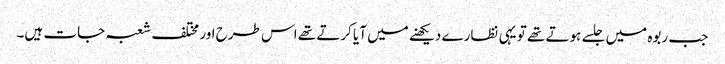
جب ربوہ میں جلسے ہوتے تھے تو یہی نظارے دیکھنے میں آیا کرتے تھے اس طرح اور مختلف شعبہ جات ہیں۔